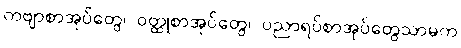
ကဗျာစာအုပ်တွေ၊ ဝတ္ထုစာအုပ်တွေ၊ ပညာရပ်စာအုပ်တွေသာမက